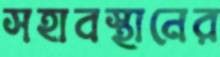
সহাবস্থানের